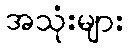
အသုံးများ